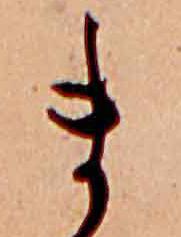
ま